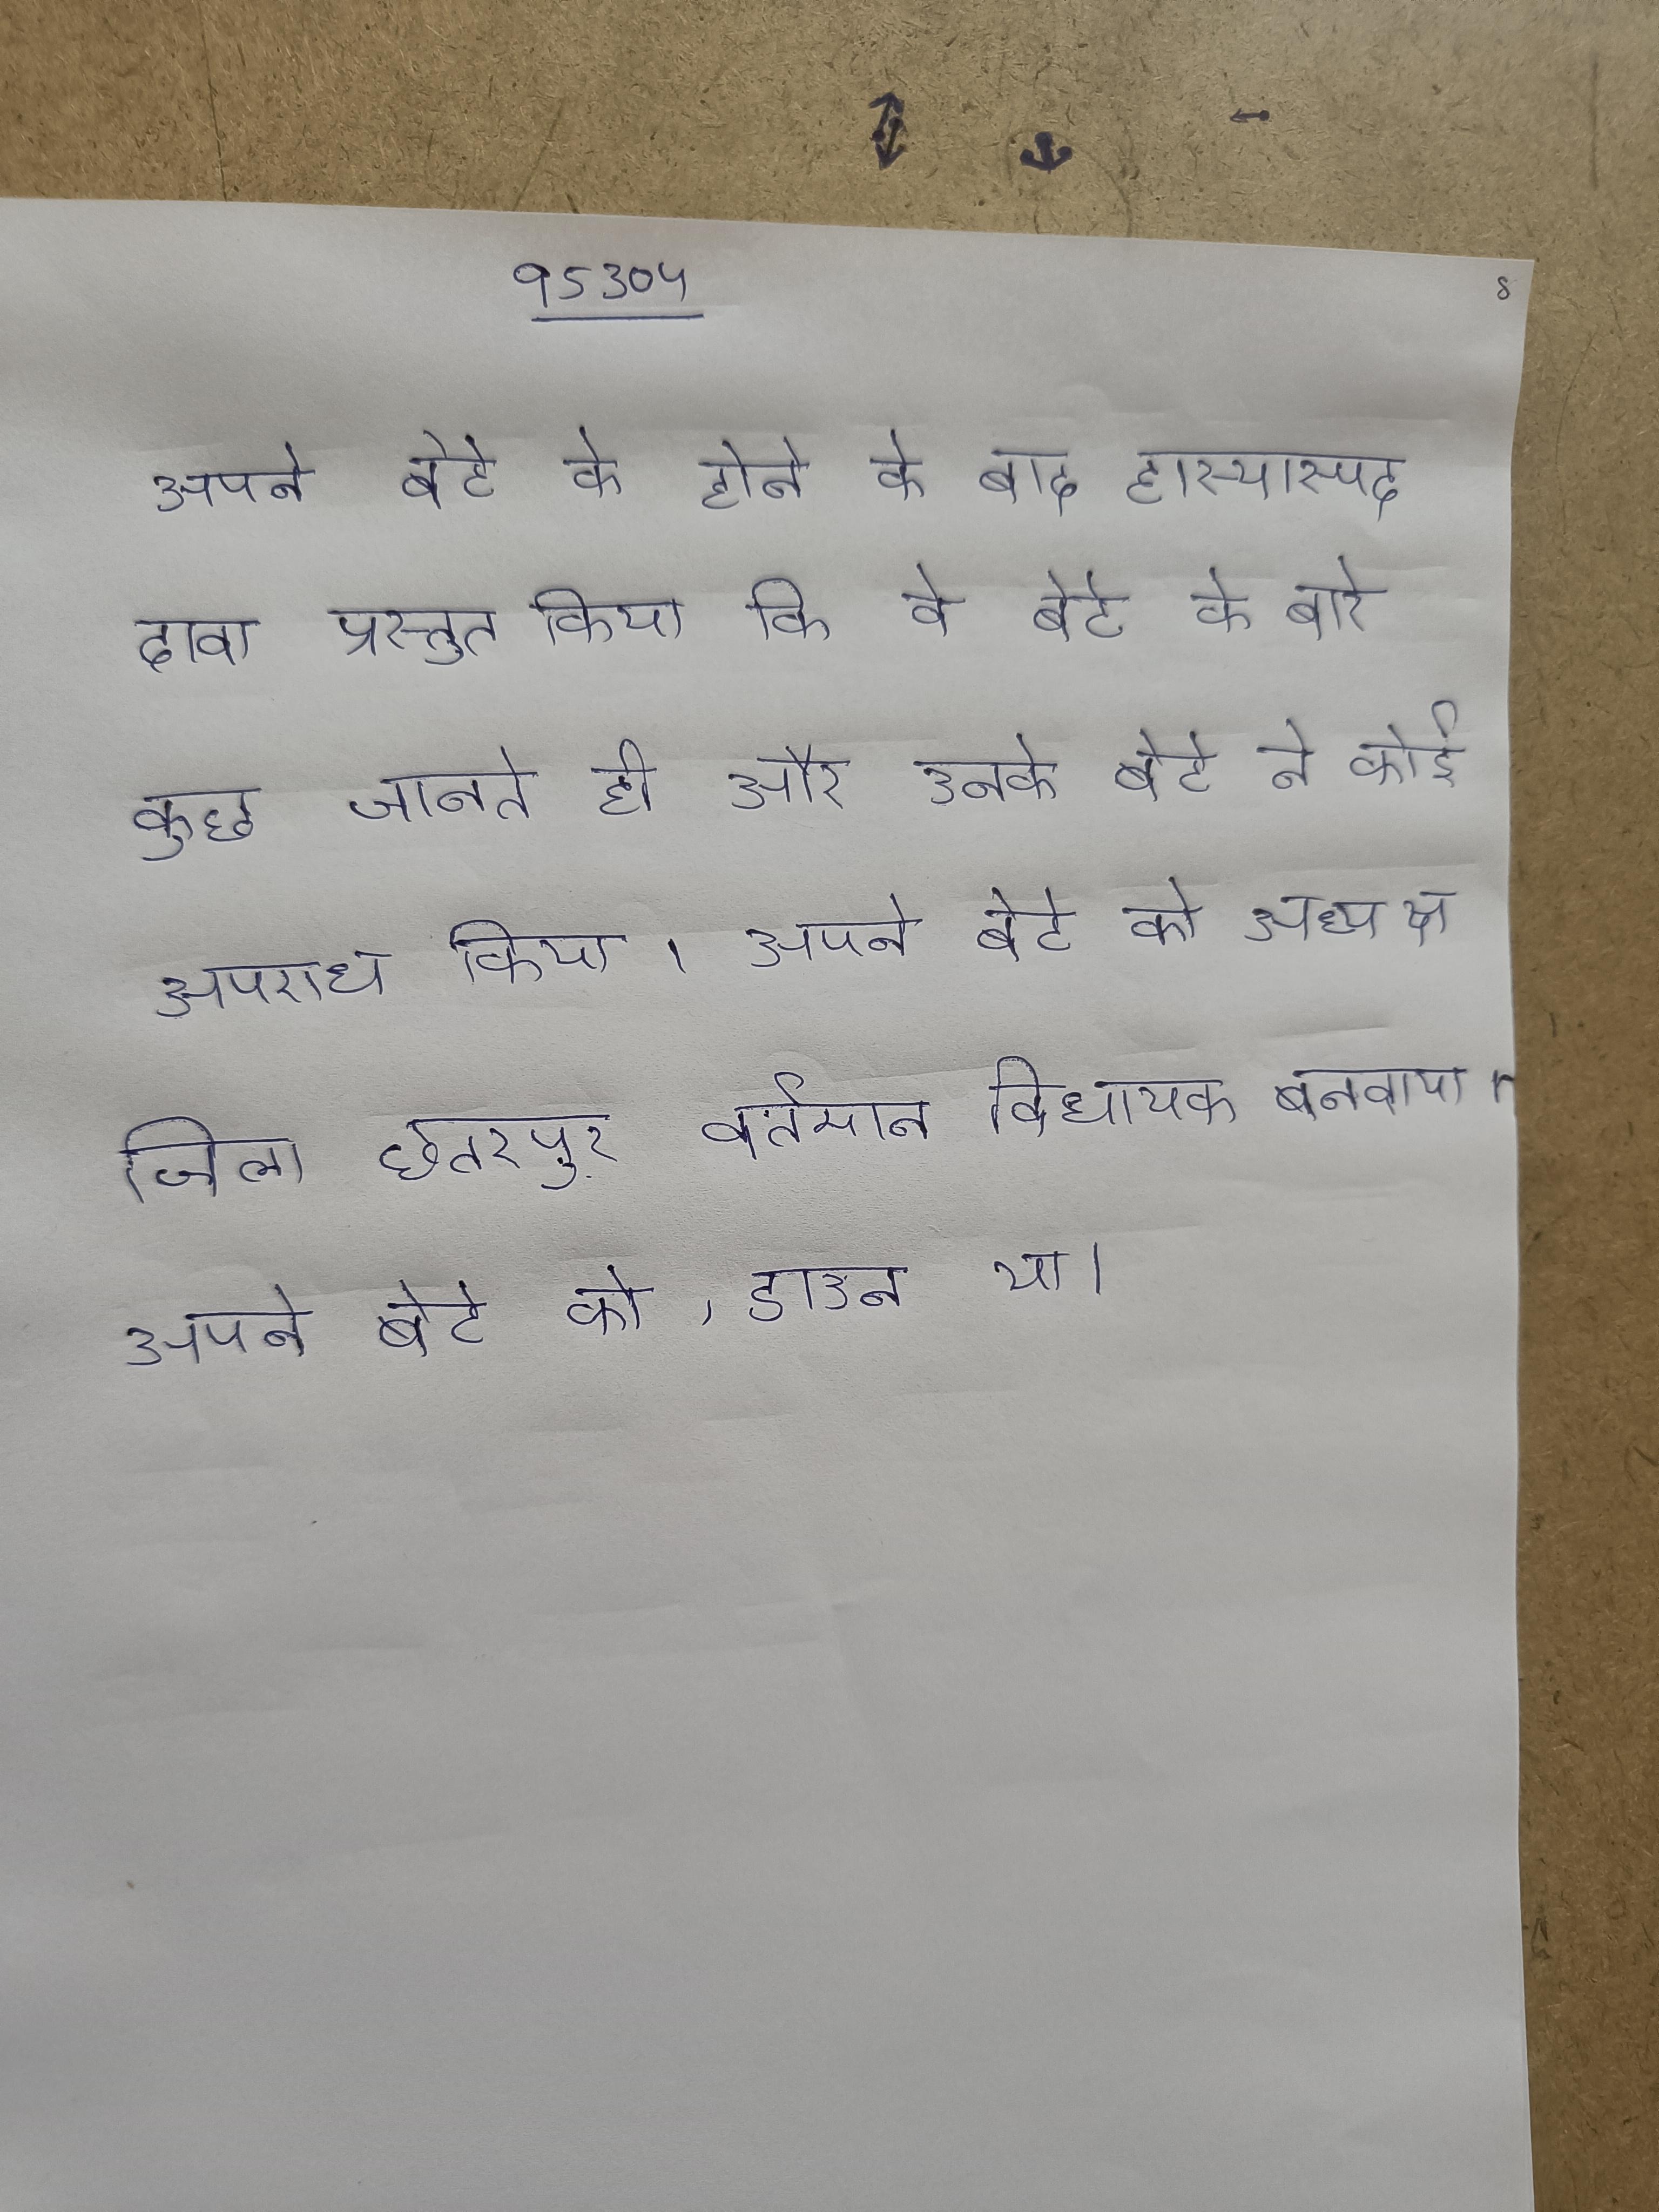
अपने बेटे के होने के बाद हास्यास्पद दावा प्रस्तुत किया कि वे बेटे के बारे कुछ जानते ही और उनके बेटे ने कोई अपराध किया । अपने बेटे को अध्यक्ष जिला छतरपुर वर्तमान विधायक बनवाया । अपने बेटे को, डाउन था ।